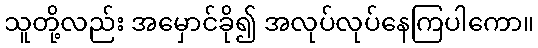
သူတို့လည်း အမှောင်ခို၍ အလုပ်လုပ်နေကြပါကော။